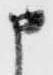
申